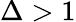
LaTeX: \Delta>1